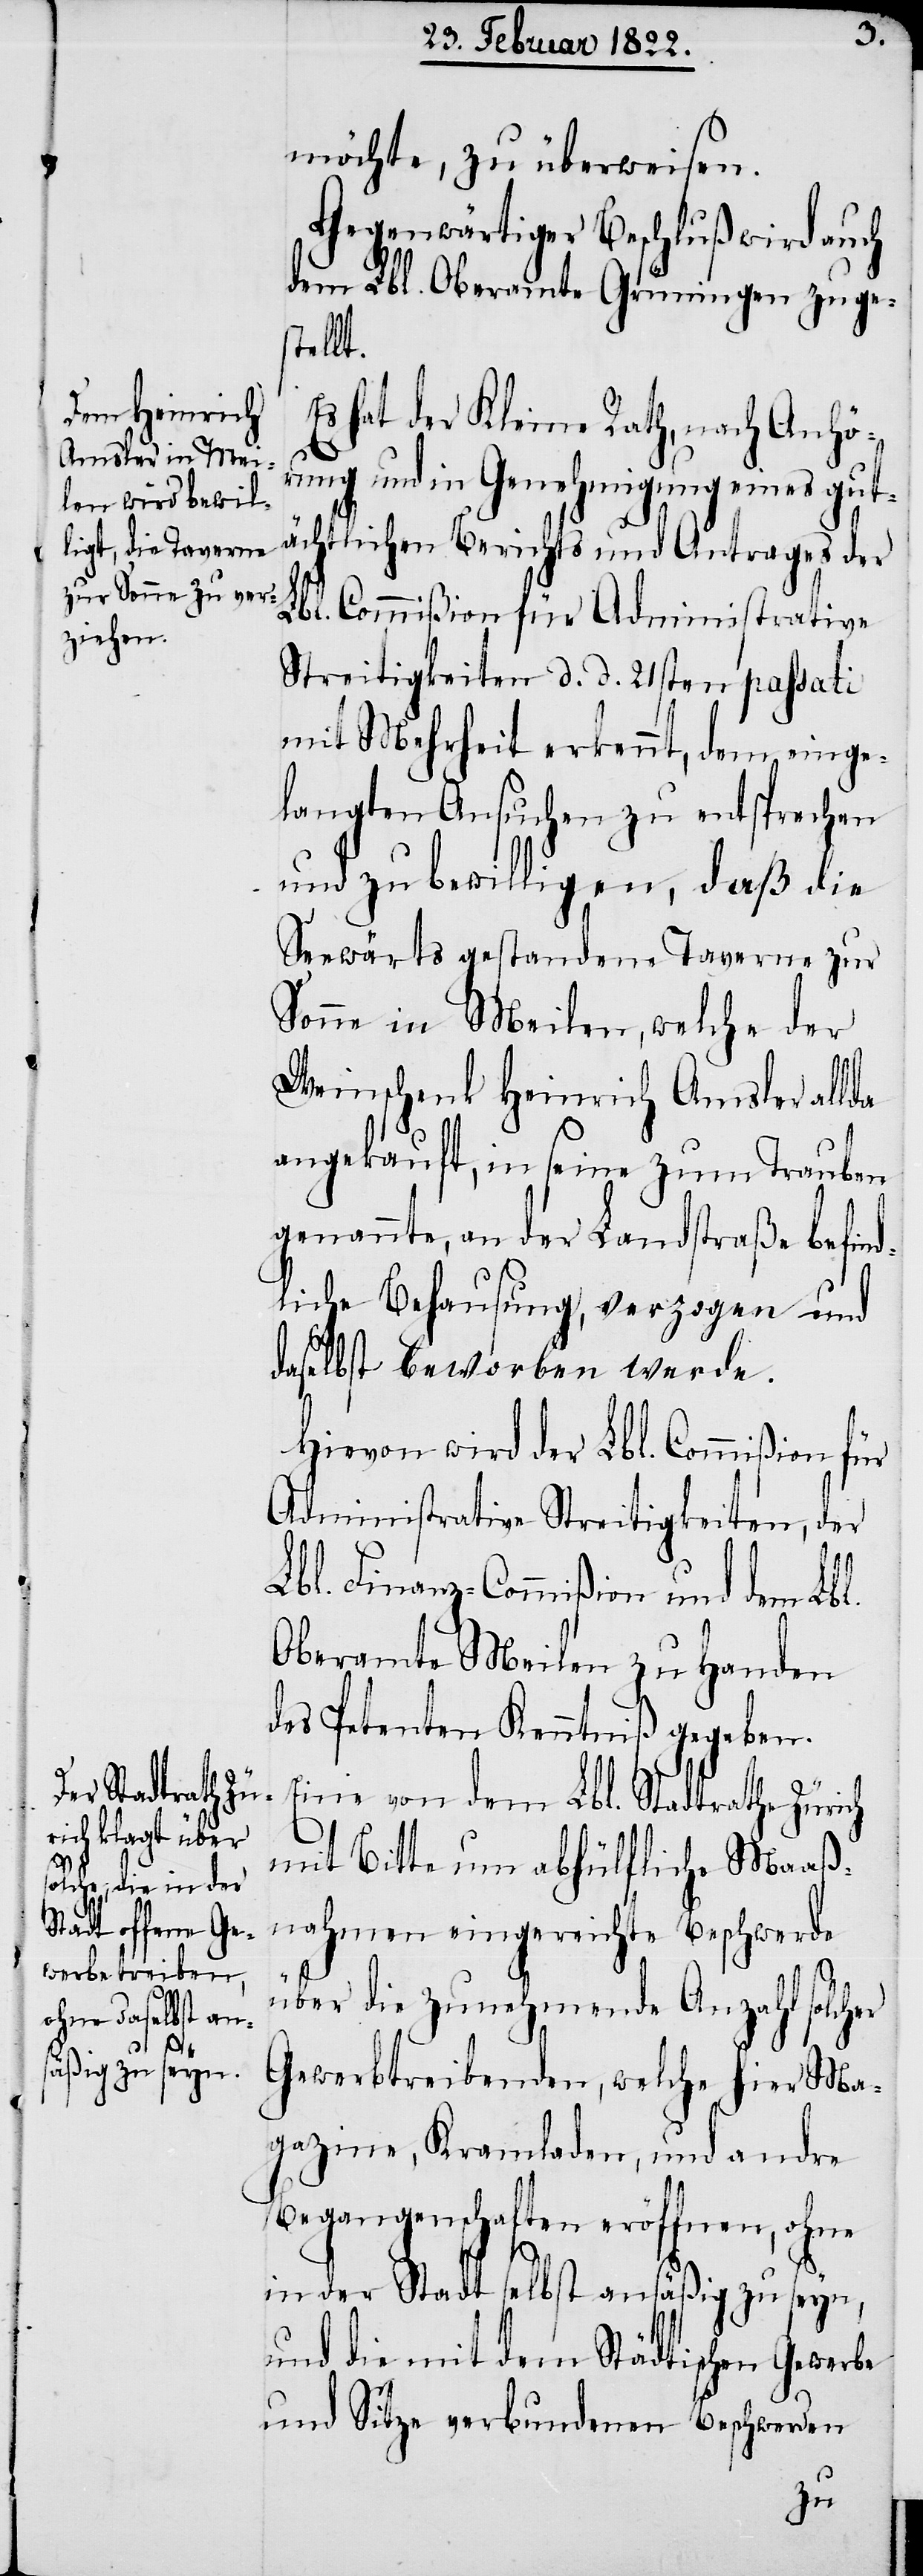
stellt.

möchte, zu überweisen.
Gegenwärtiger Beschluß wird auch
dem Lbl. Oberamte Grüningen zuge¬
Es hat der Kleine Rath, nach Anhö¬
rung und in Genehmigung eines gut¬
ächtlichen Berichts und Antrages der
Lbl. Commißion für Administrative
Streitigkeiten d. d. 21sten passati
mit Mehrheit erkennt, dem einge¬
langten Ansuchen zu entsprechen
und zu bewilligen, daß die
Seewärts gestandene Taverne zur
Sonne in Meilen, welche der
Weinschenk Heinrich Amsler allda
angekauft, in seine zum Trauben
genannte, an der Landstraße befin¬
dliche Behausung, verzogen und
daselbst beworben werde.
Hievon wird der Lbl. Commißion für
Administrative Streitigkeiten, der
Lbl. Finanz-Commißion und dem Lbl.
Oberamte Meilen zu Handen
des Petenten Kenntniß gegeben.
Eine von dem Lbl. Stadtrathe Zürich
mit Bitte um abhülfliche Maaß¬
nahmen eingereichte Beschwerde
über die zunehmende Anzahl solcher
Gewerbtreibenden, welche hier Ma¬
gazine, Kramladen, und andre
Begangenschaften eröffnen, ohne
in der Stadt selbst ansäßig zu seyn,
und die mit dem Städtischen Gewerbe
und Sitze verbundenen Beschwerden